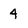
Character: 4